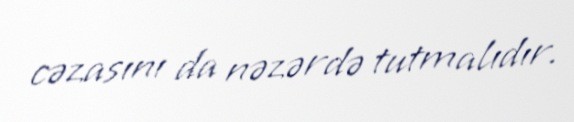
cəzasını da nəzərdə tutmalıdır.